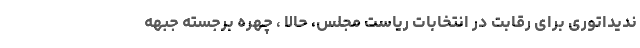
ندیداتوری برای رقابت در انتخابات ریاست مجلس، حالا ، چهره برجسته جبهه